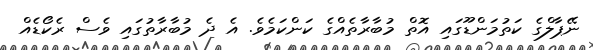
ނޭޕާލްގެ ކަތުމަންޑޫގައި އޮތް މުބާރާތެއްގެ ކަންކަމެވެ. އެ ދެ މުބާރާތުގައި ވެސް ރެކޯޑެއް